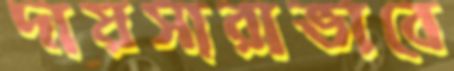
দায়সারাভাবে